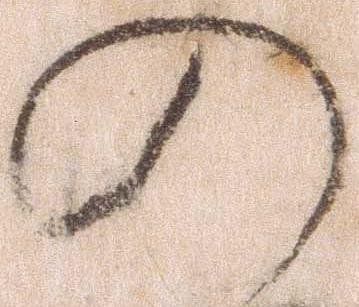
の